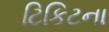
ટિકિટના